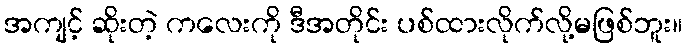
အကျင့် ဆိုးတဲ့ ကလေးကို ဒီအတိုင်း ပစ်ထားလိုက်လို့မဖြစ်ဘူး။